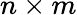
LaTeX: n\times m